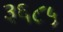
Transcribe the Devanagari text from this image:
३६८५